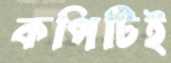
কপিটিই